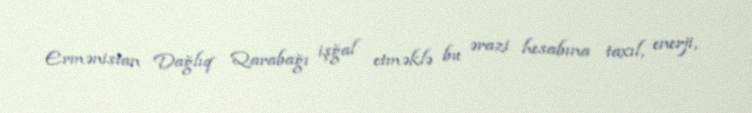
Ermənistan Dağlıq Qarabağı işğal etməklə bu ərazi hesabına taxıl, enerji,